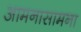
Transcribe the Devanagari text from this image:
आमनासामना